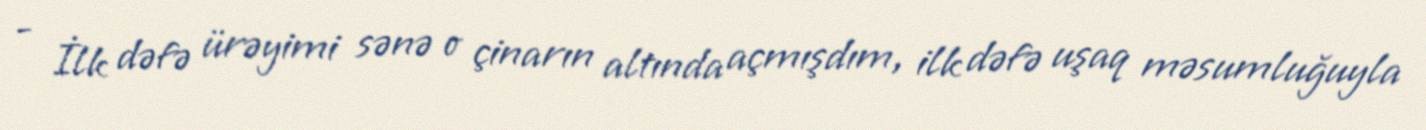
- İlk dəfə ürəyimi sənə o çinarın altında açmışdım, ilk dəfə uşaq məsumluğuyla